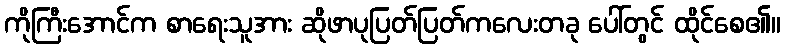
ကိုကြီးအောင်က စာရေးသူအား ဆိုဖာပုပြတ်ပြတ်ကလေးတခု ပေါ်တွင် ထိုင်စေ၏။